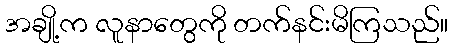
အချို့က လူနာတွေကို တက်နင်းမိကြသည်။